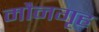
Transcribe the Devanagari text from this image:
मौनगृह